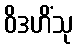
ဝိဒဟိံသု